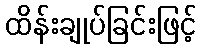
ထိန်းချုပ်ခြင်းဖြင့်